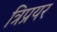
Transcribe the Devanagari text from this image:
त्रिप्रयर